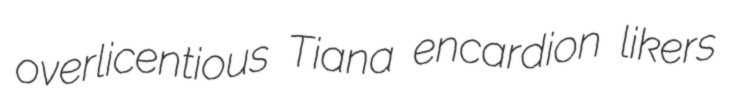
overlicentious Tiana encardion likers